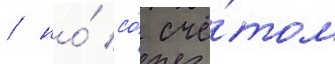
/ но́ со́ счё́том